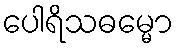
ပေါရိသဓမ္မော